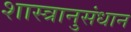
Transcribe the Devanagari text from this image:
शास्त्रानुसंधान